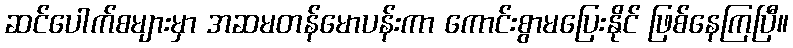
ဆင်ပေါက်စများမှာ အဆမတန်မောပန်းကာ ကောင်းစွာမပြေးနိုင် ဖြစ်နေကြပြီ။